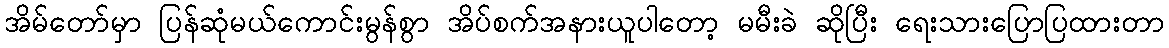
အိမ်တော်မှာ ပြန်ဆုံမယ်ကောင်းမွန်စွာ အိပ်စက်အနားယူပါတော့ မမီးခဲ ဆိုပြီး ရေးသားပြောပြထားတာ